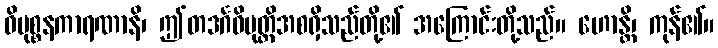
ဝိမုစ္စနကာရဏာနိ၊ ဤတဒင်္ဂဝိမုတ္တိအစရှိသည်တို့၏ အကြောင်းတို့သည်။ ဟောန္တိ၊ ကုန်၏။